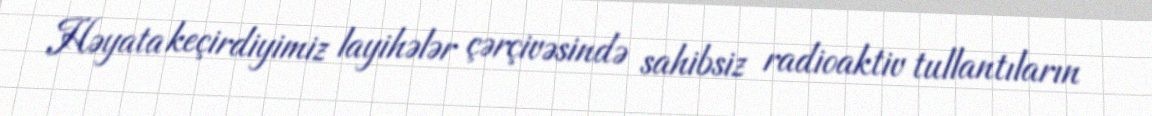
Həyata keçirdiyimiz layihələr çərçivəsində sahibsiz radioaktiv tullantıların